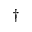
^ \dagger